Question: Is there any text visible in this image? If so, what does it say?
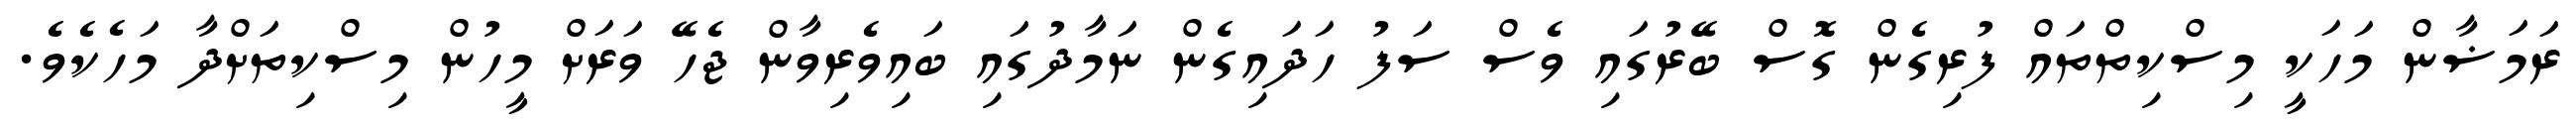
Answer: ރަމަޟާން މަހަކީ މިސްކިތްތައް ފުރިގެން ގޮސް ބޭރުގައި ވެސް ސަފު ހަދައިގެން ނަމާދުގައި ބައިވެރިވާން ޖެހޭ ވަރަށް މީހުން މިސްކިތަށްދާ މަހެކެވެ.